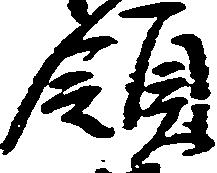
領